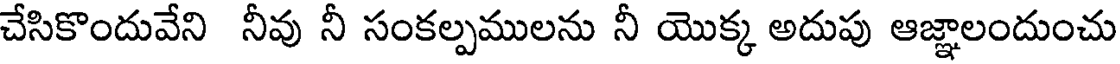
చేసికొందువేని నీవు నీ సంకల్పములను నీ యొక్క అదుపు ఆజ్ఞాలందుంచు